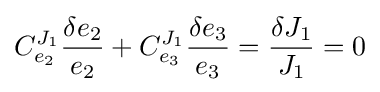
C_{e_{2}}^{J_{1}}{\frac {\delta e_{2}}{e_{2}}}+C_{e_{3}}^{J_{1}}{\frac {\delta e_{3}}{e_{3}}}={\frac {\delta J_{1}}{J_{1}}}=0